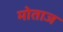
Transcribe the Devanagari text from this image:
मोताज